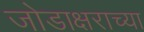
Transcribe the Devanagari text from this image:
जोडाक्षराच्या